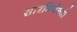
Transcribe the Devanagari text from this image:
सारमियेन्तो